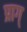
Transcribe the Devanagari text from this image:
प्राग्‌